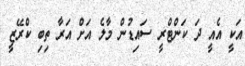
އަކީ އެއީ ދަ ކަންޓްރީ ސައިޑުން މާލެ އަށް އަރާ ތިބި ކްރޭޒީ